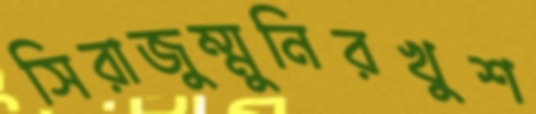
সিরাজুম্মুনিরখুশ